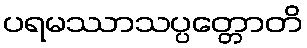
ပရမဿာသပ္ပတ္တောတိ